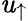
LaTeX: \mathit{u}_{\uparrow}